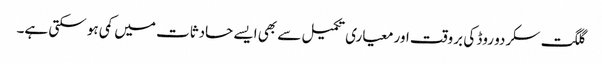
گلگت سکردو روڈ کی بروقت اور معیاری تکمیل سے بھی ایسے حادثات میں کمی ہو سکتی ہے۔